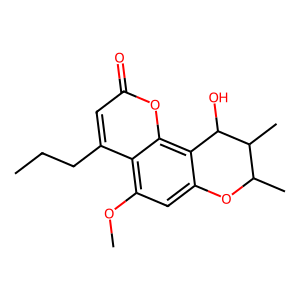
SMILES: CCCc1cc(=O)oc2c3c(cc(OC)c12)OC(C)C(C)C3O
Inhibits HIV replication: No